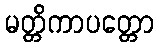
မတ္တိကာပတ္တော